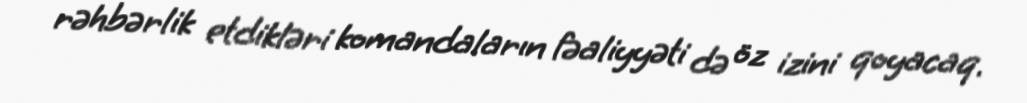
rəhbərlik etdikləri komandaların fəaliyyəti də öz izini qoyacaq.